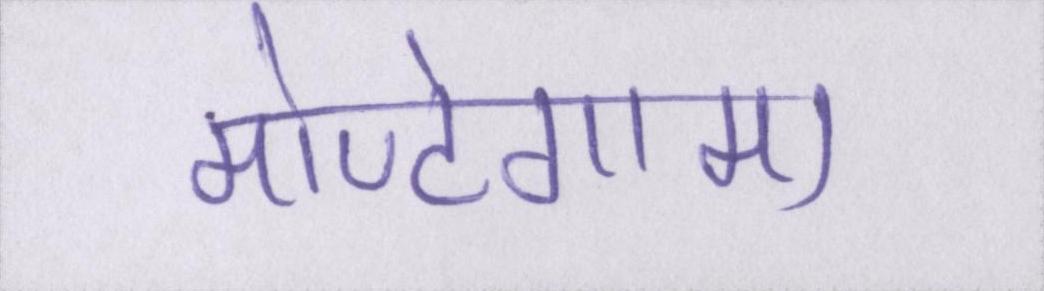
मोण्टेगामा